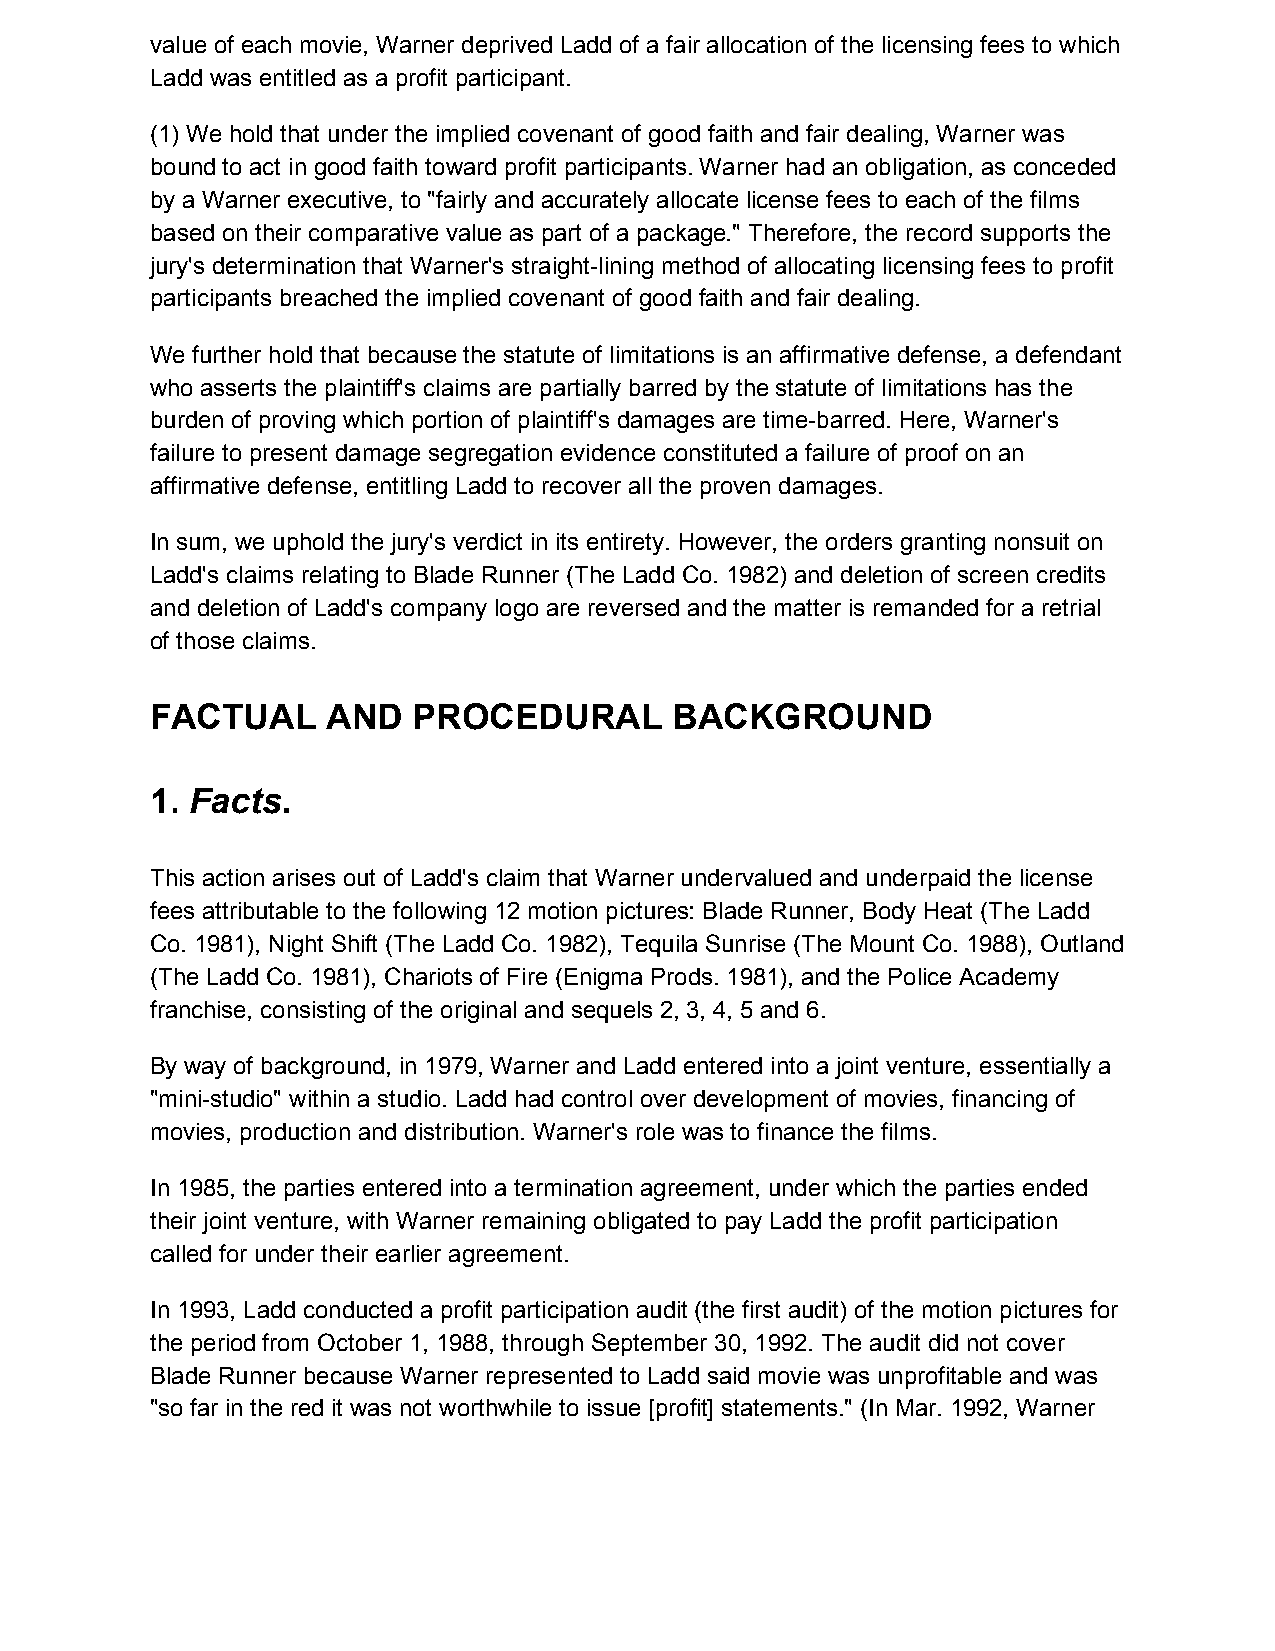
value of each movie, Warner deprived Ladd of a fair allocation of the licensing fees to which
 Ladd was entitled as a profit participant.
 (1) We hold that under the implied covenant of good faith and fair dealing, Warner was
 bound to act in good faith toward profit participants. Warner had an obligation, as conceded
 by a Warner executive, to "fairly and accurately allocate license fees to each of the films
 based on their comparative value as part of a package." Therefore, the record supports the
 jury's determination that Warner's straight-lining method of allocating licensing fees to profit
 participants breached the implied covenant of good faith and fair dealing.
 We further hold that because the statute of limitations is an affirmative defense, a defendant
 who asserts the plaintiff's claims are partially barred by the statute of limitations has the
 burden of proving which portion of plaintiff's damages are time-barred. Here, Warner's
 failure to present damage segregation evidence constituted a failure of proof on an
 affirmative defense, entitling Ladd to recover all the proven damages.
 In sum, we uphold the jury's verdict in its entirety. However, the orders granting nonsuit on
 Ladd's claims relating to Blade Runner (The Ladd Co. 1982) and deletion of screen credits
 and deletion of Ladd's company logo are reversed and the matter is remanded for a retrial
 of those claims.
 FACTUAL     AND  PROCEDURAL        BACKGROUND
 1. Facts.
 ​
 This action arises out of Ladd's claim that Warner undervalued and underpaid the license
 fees attributable to the following 12 motion pictures: Blade Runner, Body Heat (The Ladd
 Co. 1981), Night Shift (The Ladd Co. 1982), Tequila Sunrise (The Mount Co. 1988), Outland
 (The Ladd Co. 1981), Chariots of Fire (Enigma Prods. 1981), and the Police Academy
 franchise, consisting of the original and sequels 2, 3, 4, 5 and 6.
 By way of background, in 1979, Warner and Ladd entered into a joint venture, essentially a
 "mini-studio" within a studio. Ladd had control over development of movies, financing of
 movies, production and distribution. Warner's role was to finance the films.
 In 1985, the parties entered into a termination agreement, under which the parties ended
 their joint venture, with Warner remaining obligated to pay Ladd the profit participation
 called for under their earlier agreement.
 In 1993, Ladd conducted a profit participation audit (the first audit) of the motion pictures for
 the period from October 1, 1988, through September 30, 1992. The audit did not cover
 Blade Runner because Warner represented to Ladd said movie was unprofitable and was
 "so far in the red it was not worthwhile to issue [profit] statements." (In Mar. 1992, Warner